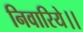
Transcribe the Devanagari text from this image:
निवारिये।।